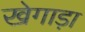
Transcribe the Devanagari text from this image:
खेगाड़ा